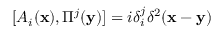
[ A _ { i } ( { \bf x } ) , \Pi ^ { j } ( { \bf y } ) ] = i \delta _ { i } ^ { j } \delta ^ { 2 } ( { \bf x } - { \bf y } )